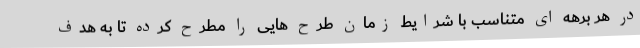
در هر برهه ای متناسب با شرایط زمان طرح هایی را مطرح کرده تا به هدف